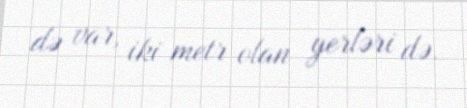
də var, iki metr olan yerləri də.